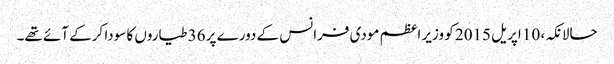
حالانکہ، 10 اپریل 2015 کو وزیر اعظم مودی فرانس کے دورے پر 36 طیاروں کا سودا کرکے آئے تھے۔